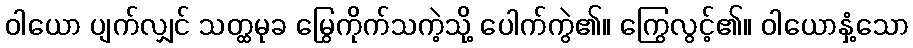
ဝါယော ပျက်လျှင် သတ္ထမုခ မြွေကိုက်သကဲ့သို့ ပေါက်ကွဲ၏။ ကြွေလွင့်၏။ ဝါယောနှံ့သော